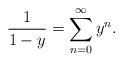
\begin{align*}\frac{1}{1-y} = \sum_{n=0}^\infty y^n.\end{align*}